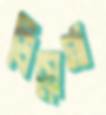
ডিয়েগা